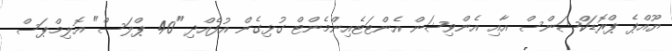
ޔޫއްޕެ ޕްރޮޑަކްޝަންސް އާއި އެންވިޝަން އެންޓަޓެއިންމެންޓް ގުޅިގެން އުފެއްދި "40 ޕްލަސް" އޮލިމްޕަސް